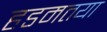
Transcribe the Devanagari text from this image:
हडमतया